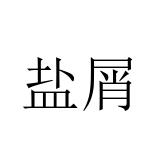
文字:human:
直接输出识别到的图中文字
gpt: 盐屑